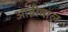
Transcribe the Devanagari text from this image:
आन्नीवाल